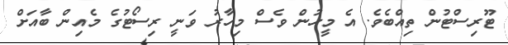
ޓޫރިސްޓުން ތިއްބެވެ. އެ މީހުން ވެސް މިހާރު ވަނީ ރިސޯޓުގެ މެއިން ބާއަށް